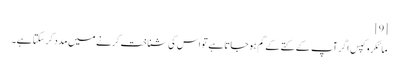
[9]
مائکروکپس اگر آپ کے کتے کے گم ہوجاتا ہے تو اس کی شناخت کرنے میں مدد کرسکتا ہے۔